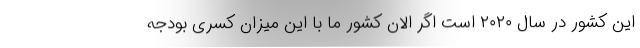
این کشور در سال ۲۰۲۰ است اگر الان کشور ما با این میزان کسری بودجه